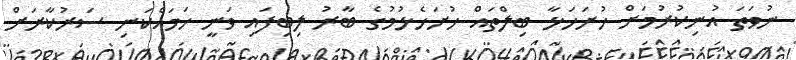
ނުވަތަ އުނިކުރުމަށް ހުށަހަޅާ ބިލްތައް ހުށަހެޅުމުގެ ބާރު ލިބިފައި ވަނީ ހަމައެކަނި ސަރުކާރަށް